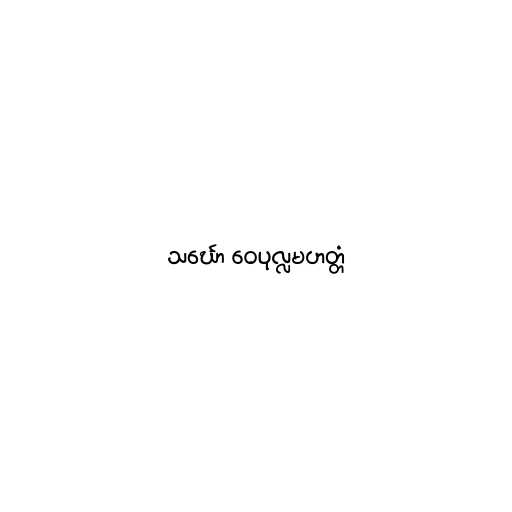
သင်္ဃော ဝေပုလ္လမဟတ္တံ